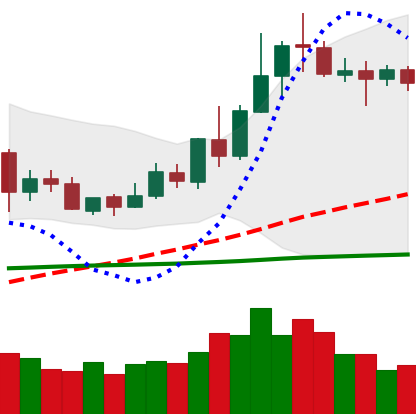
Ticker: XLM-USD
Chart end date: 2020-06-09
Forward return: -9.115%
Label: down_7plus